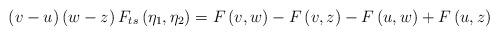
LaTeX: \begin{align*}\left( {v - u} \right)\left( {w - z} \right)F_{ts} \left({\eta _1 ,\eta _2 } \right) = F\left( {v,w} \right) - F\left({v,z} \right) - F\left( {u,w} \right) + F\left( {u,z} \right)\end{align*}